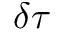
\delta \tau